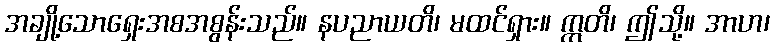
အချို့သောရှေးအစအစွန်းသည်။ နပညာယတိ၊ မထင်ရှား။ ဣတိ၊ ဤသို့။ အာဟ၊